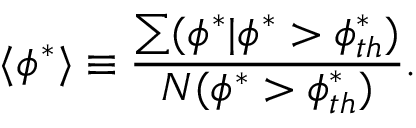
\langle \phi ^ { * } \rangle \equiv \frac { \sum ( \phi ^ { * } | \phi ^ { * } > \phi _ { t h } ^ { * } ) } { N ( \phi ^ { * } > \phi _ { t h } ^ { * } ) } .